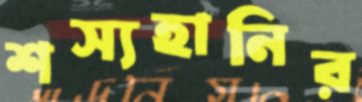
শস্যহানির